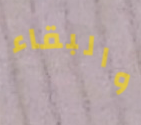
والبقاء